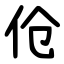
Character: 伧